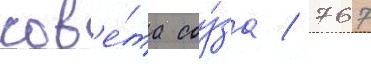
сов'е́та соу́за / 767